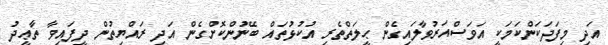
އަދި މިފަދަކަންކަމަކީ އަވަސްއަރުވާލައިގެން ޙީލަތްތެރި އުކުޅުތައް ބޭނުންކޮށްގެން އަދި ރައްޔިތުން ދީފައިވާ ތާޢީދު